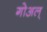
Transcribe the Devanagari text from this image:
गोअल्